Ridala_vallavalitsus, lk 14
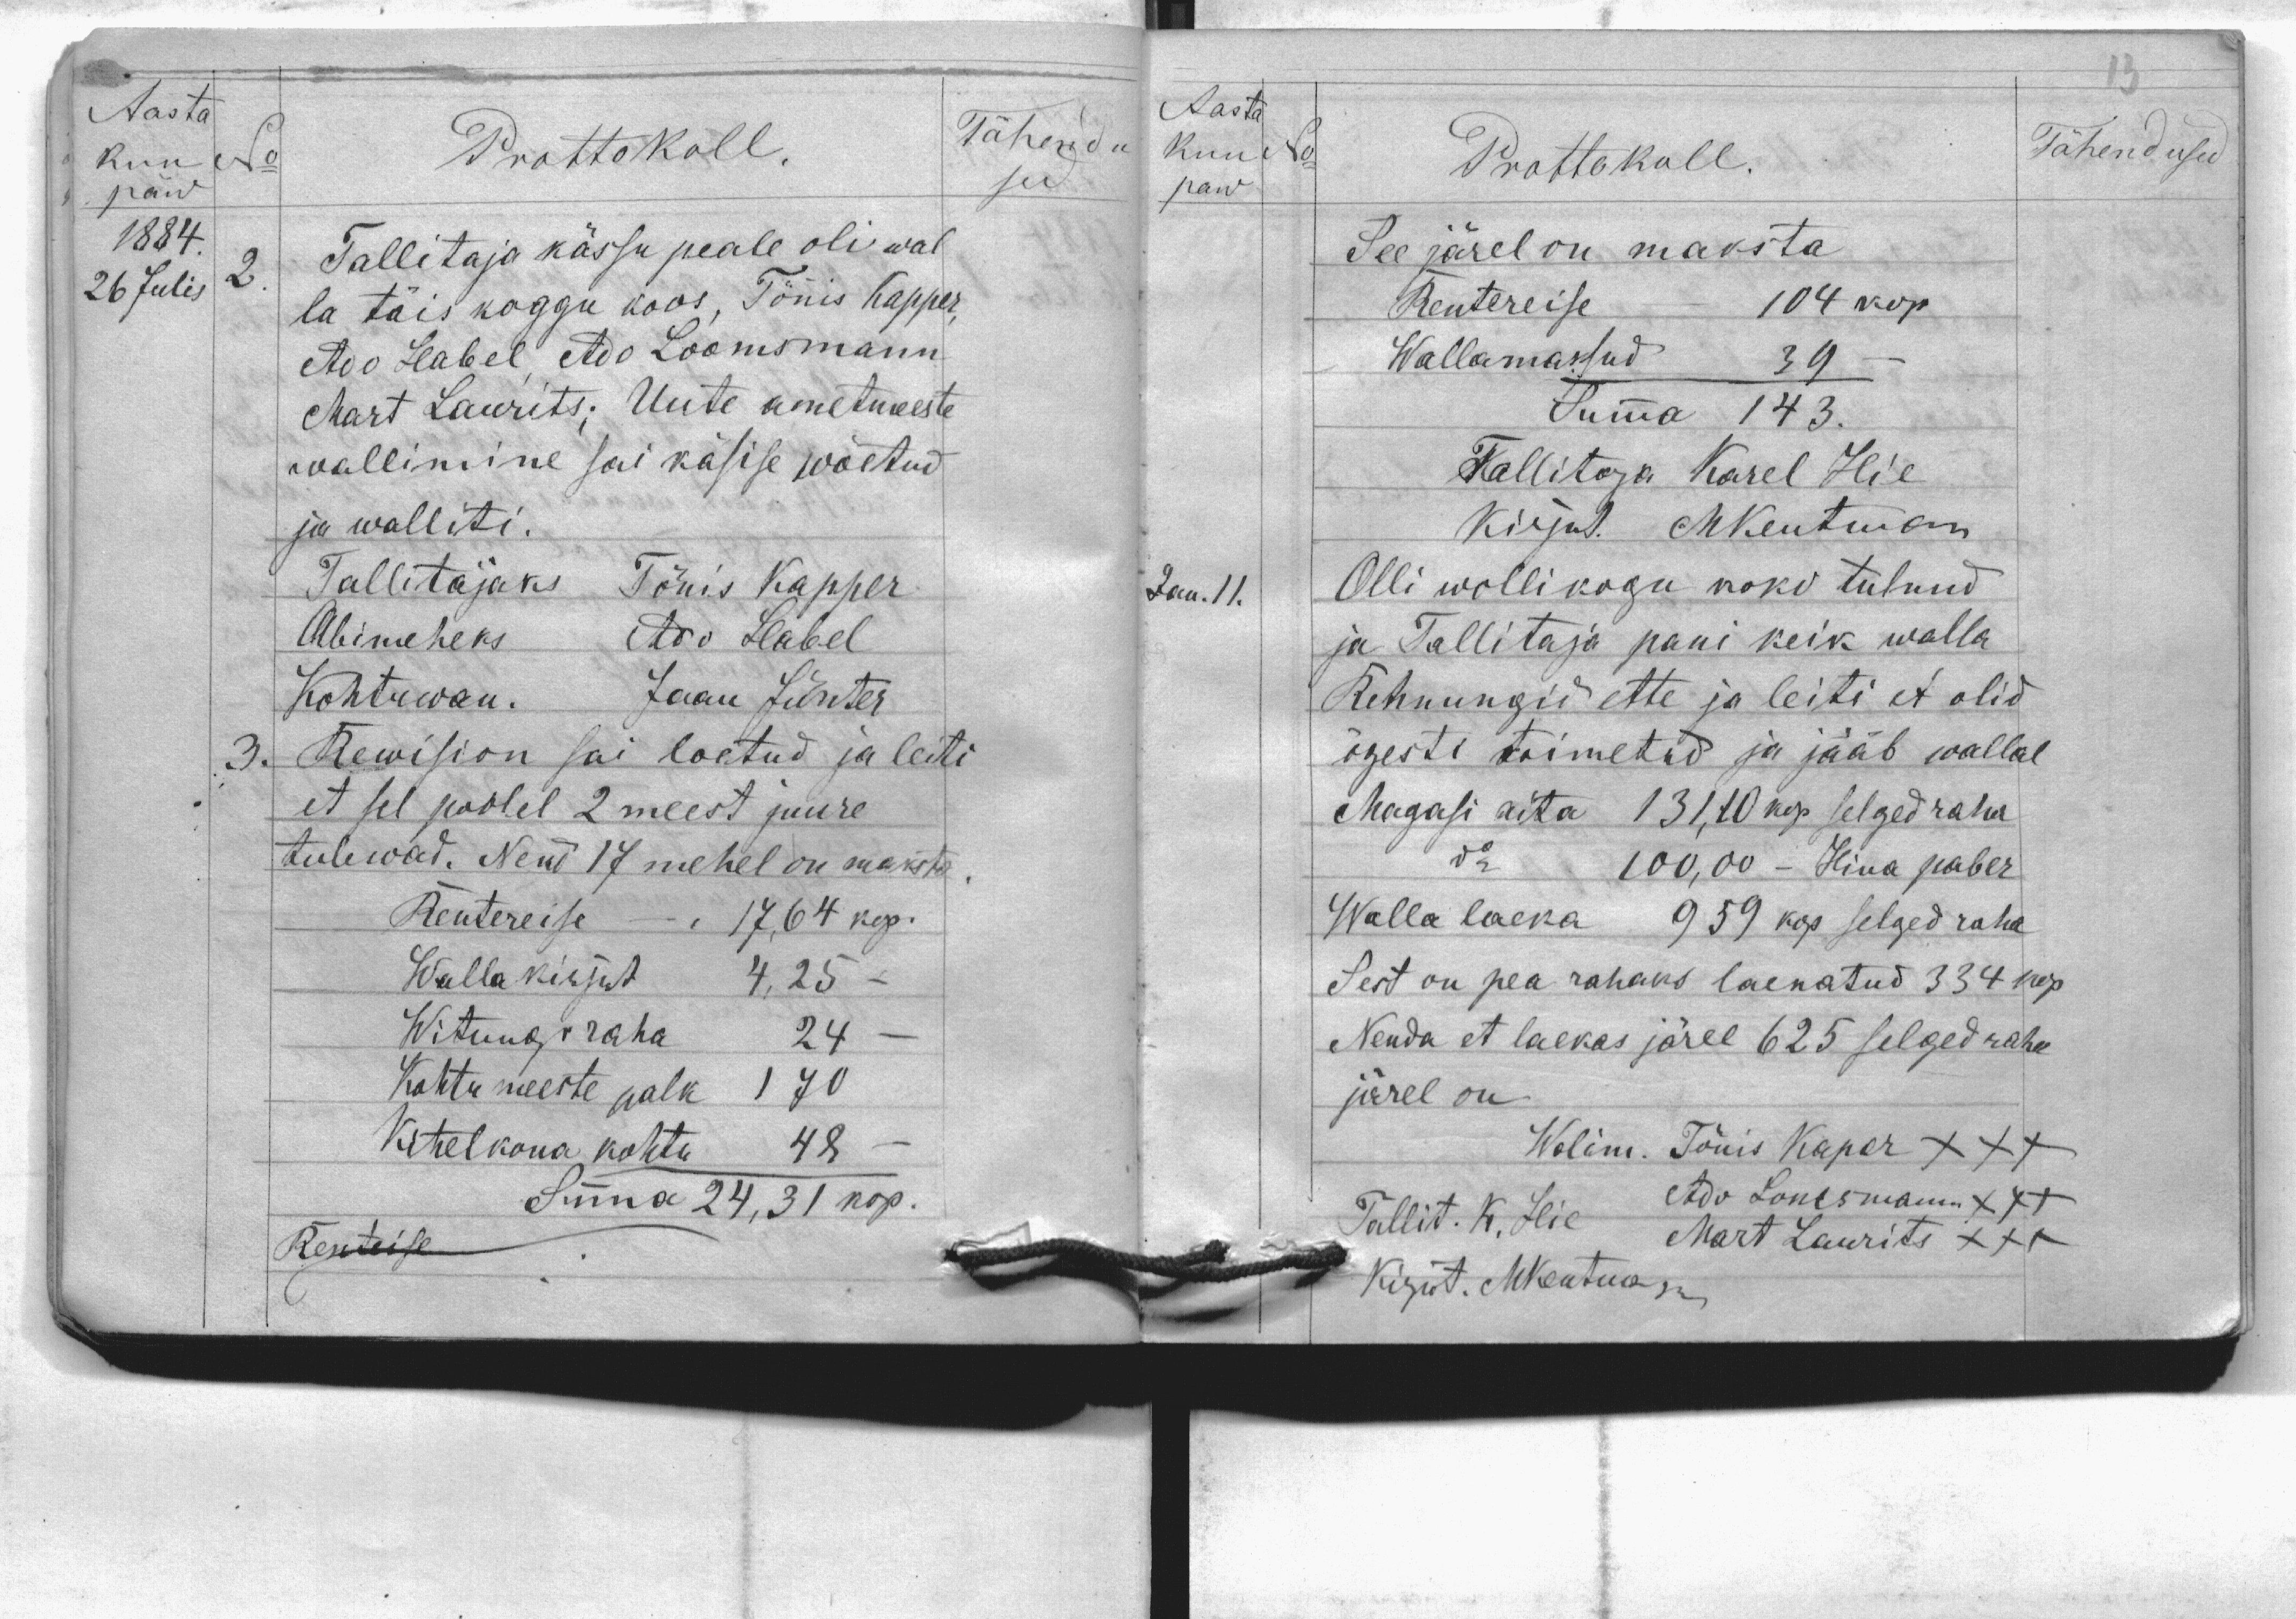
Tähendu
sed
Prottokoll
Tallitaja kässu peale oli wal
la täis koggo koos, Tõnis Kapper,
Adi Habel, Ado Loomsmann
Mart Laurits; Uute ametmeeste
wallimine sai käsise wõetud
ja waliti.
Tallitajaks Tõnis Kapper
Abimeheks Ado Habel
Kohtuwan. Jaan Jünter
3. Rewision sai loetud ja leiti
et sel poolel 2 meest juure
tulewad. Nend 17 mehel on maksta.
Rentereise - 17,64 kop.
Walla kirjut 4,25
Witungiraha 24
Kohtu meeste palk 170
Kihelkona kohtu 48
Summa 24,31 kop.
Renteise
Aasta
kuu
No
päw
1884
26 Julis
2

Aasta
kuu
No
paw
Jan, 11,
Prottokoll
See järel on maksta
Rentereise - 104 kop
Wallamaksud 39
Summa 143.
Tallitaja Karel Hie
Kirjut. MKentman
Olli wollikogu koko tulnud
ja Tallitaja pani keik walla
Rehnungid ette ja leiti et olid
õgesti toimetatud ja jääb wallal
Magasi aita 131,10 kop selged raha
do 100,00 - Hina paber
Walla laeka 959 kop selged raha
Sest on pea rahaks laenatud 334 kop
Nenda et laekas järel 625 selged raha
järel on.
Wolim. Tõnis Kaper XXX
Ado Lomsmann XXX
Tallit. K. Hie
Mart Laurits XXX
Kirjut. MKentman
Tähendused